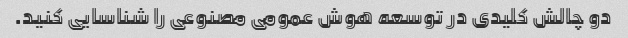
دو چالش کلیدی در توسعه هوش عمومی مصنوعی را شناسایی کنید.